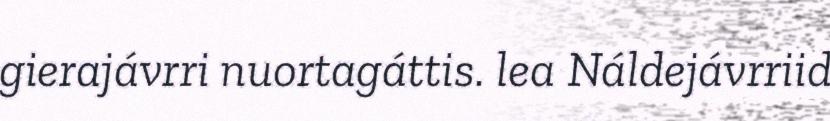
gierajávrri nuortagáttis. lea Náldejávrriid